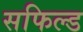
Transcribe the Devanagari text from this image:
सफिल्ड